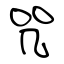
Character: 咒